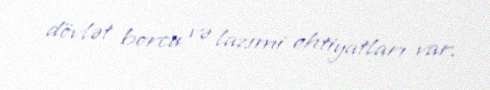
dövlət borcu və lazımi ehtiyatları var.